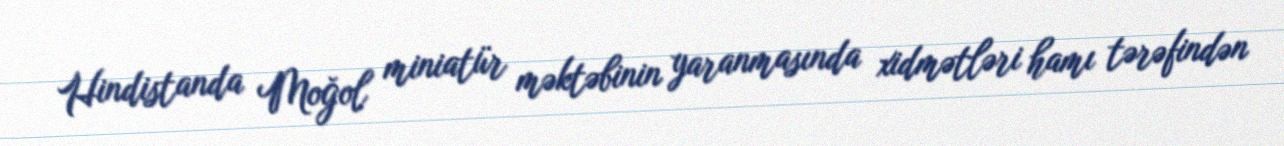
Hindistanda Moğol miniatür məktəbinin yaranmasında xidmətləri hamı tərəfindən